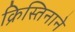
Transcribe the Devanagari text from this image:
क्रिस्तिनाने